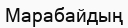
Марабайдың